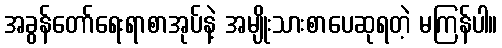
အခွန်တော်ရေးရာစာအုပ်နဲ့ အမျိုးသားစာပေဆုရတဲ့ မကြန်ပါ။